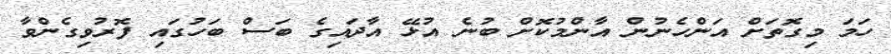
ހަމަ މިގޮތަށް އަންހެނުން އާންމުކޮށް ބުނެ އުޅޭ އާދައިގެ ބަސް ބަހުގައި ފޮރުވިގެންވާ